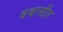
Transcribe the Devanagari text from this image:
वबासीर